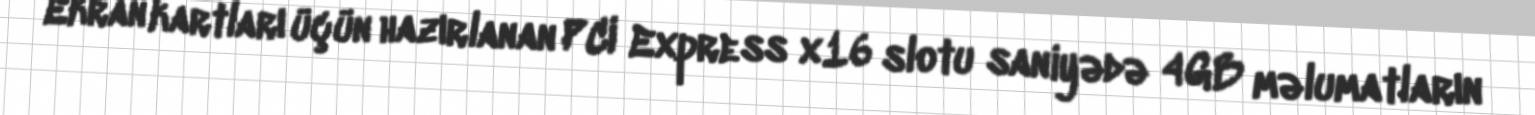
Ekran kartları üçün hazırlanan PCI Express x16 slotu saniyədə 4GB məlumatların